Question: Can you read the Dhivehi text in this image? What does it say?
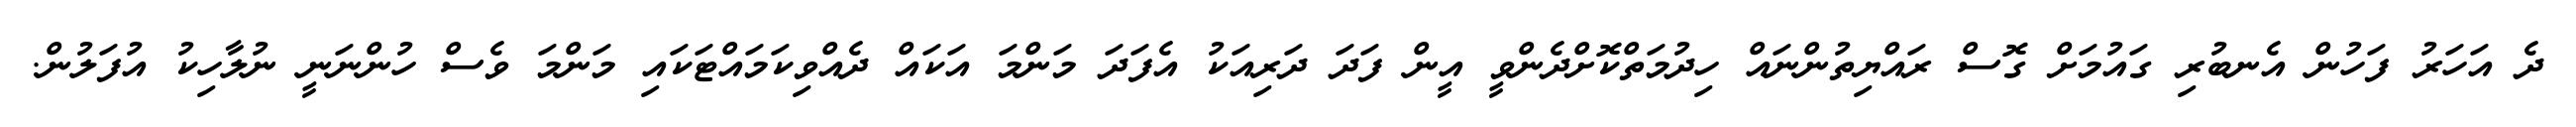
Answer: ދެ އަހަރު ފަހުން އެނބުރި ގައުމަށް ގޮސް ރައްޔިތުންނައް ހިދުމަތްކޮށްދެންވީ އީން ފަދަ ދަރިއަކު އެފަދަ މަންމަ އަކައް ދެއްވިކަމައްޓަކައި މަންމަ ވެސް ހުންނަނީ ނުލާހިކު އުފަލުން.